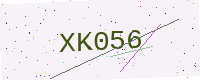
Text: XK056